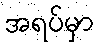
အရပ်မှာ